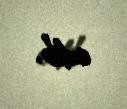
edib.